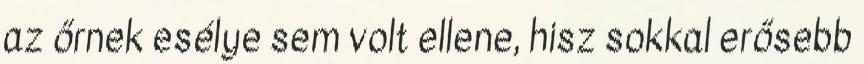
az őrnek esélye sem volt ellene, hisz sokkal erősebb